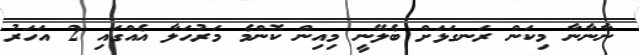
ނާނާނާ މިކަން ރަނގަޅަށް ބެލޭނީ މިއިން ކޮންމެ މަރުހަލާ އެއްގައި 2 އަހަރު